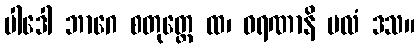
ပါဒေါ ဘာဂေ စတုတ္ထေ ထ၊ ဓရဏာနိ ပလံ ဒသ။